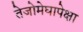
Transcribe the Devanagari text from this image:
तेजोमेघापेक्षा